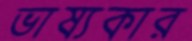
ভাষ্যকার